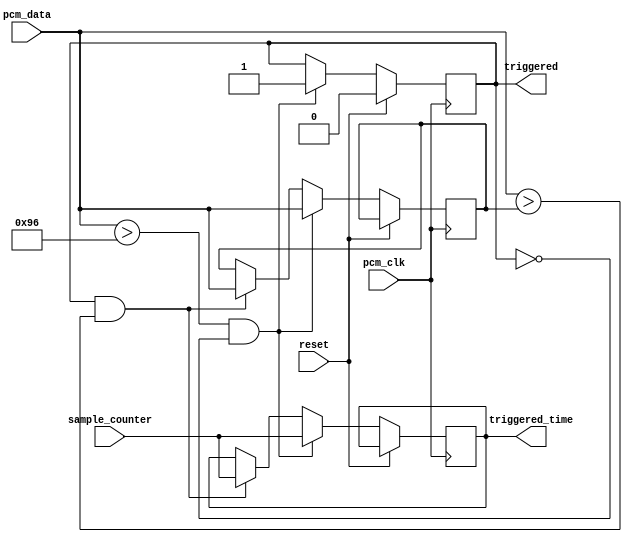
module PCM_peak_detector (

	// Inputs

	pcm_clk,
	pcm_data,

	reset,
	
	sample_counter,

	// Outputs

	triggered,

	triggered_time

);

	input 					pcm_clk;
	input signed [15:0]	pcm_data;

	input						reset;

	input [31:0]			sample_counter;

	
	output reg				triggered;
	output reg [31:0]		triggered_time;

	localparam  THRESHOLD = 150;

	reg signed [15:0]    max_amplitude;

	always @(posedge pcm_clk)
	begin

		if (reset)
		begin

			triggered <= 1'b0;

		end

		else if( ( pcm_data > THRESHOLD ) && !triggered)
		begin

			// Otherwise if we exceed the trigger threshold we lock in the time and mark as triggered

			max_amplitude  <= pcm_data;			
			triggered_time <= sample_counter;
			triggered      <= 1'b1;

		end
		else if(triggered && ( pcm_data > max_amplitude ) )
		begin

			max_amplitude  <= pcm_data;
			triggered_time <= sample_counter;

		end

	end

endmodule